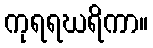
ကုရရဃရိကာ။